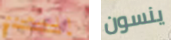
المجروح ينسون